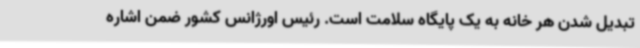
تبدیل شدن هر خانه به یک پایگاه سلامت است. رئیس اورژانس کشور ضمن اشاره